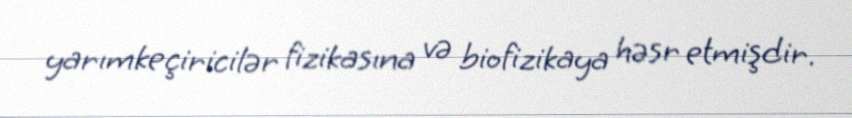
yarımkeçiricilər fizikasına və biofizikaya həsr etmişdir.